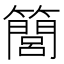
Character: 𥶆